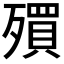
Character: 𣩥